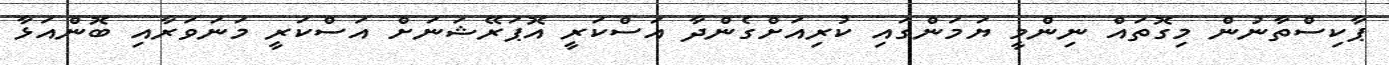
ޕާކިސްތާނުން މިގޮތައް ނިންމީ ޔަމަންގައި ކުރިއަށްގެންދާ އަސްކަރީ އޮޕަރޭޝަނަށް އަސްކަރީ މަނަވަރާއި ބޮންއަޅާ